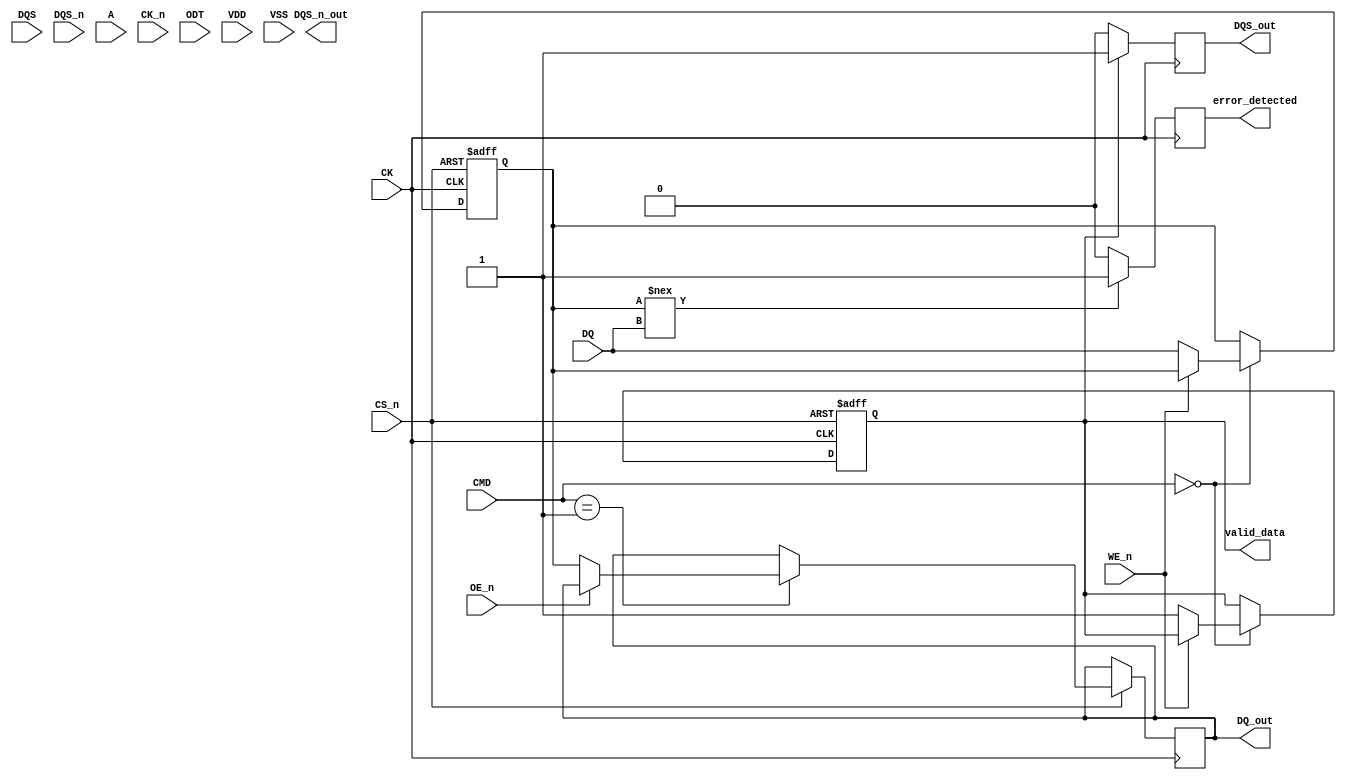
module ddr4_sdram_io (
    // Input signals
    input wire [31:0] DQ,          // Data lines
    input wire DQS,                 // Data Strobe
    input wire DQS_n,               // Data Strobe Invert
    input wire CS_n,                // Chip Select (active low)
    input wire WE_n,                // Write Enable (active low)
    input wire OE_n,                // Output Enable (active low)
    input wire [15:0] A,            // Address lines
    input wire CK,                  // Clock
    input wire CK_n,                // Clock Invert
    input wire [2:0] CMD,           // Command signals
    input wire ODT,                 // On-Die Termination
    input wire VDD,                 // Power Supply
    input wire VSS,                 // Ground
    
    // Output signals
    output reg [31:0] DQ_out,       // Data output
    output reg DQS_out,             // Data Strobe output
    output reg DQS_n_out,           // Data Strobe Invert output
    output reg valid_data,           // Data valid signal
    output reg error_detected        // Error detection signal
);

// Internal signals
reg [31:0] data_buffer;            // Buffer for data
reg data_valid;                    // Indicate if data is valid
reg [15:0] address;                // Address register
reg [2:0] command;                 // Command register
reg [1:0] dqs_edge;                // DQS edge detection

// Timing control logic (simplified)
always @(posedge CK or negedge CS_n) begin
    if (!CS_n) begin
        // Reset on chip select
        data_buffer <= 32'b0;
        valid_data <= 1'b0;
    end else begin
        // Command processing
        case (CMD)
            3'b000: begin // Example: Write Command
                if (!WE_n) begin
                    data_buffer <= DQ; // Capture data
                    valid_data <= 1'b1; // Data is valid
                end
            end
            3'b001: begin // Example: Read Command
                if (!OE_n) begin
                    DQ_out <= data_buffer; // Output data
                end
            end
            // Other commands can be added here
        endcase
    end
end

// Data strobe generation
always @(posedge CK) begin
    if (valid_data) begin
        DQS_out <= 1'b1; // Assert DQS when data is valid
    end else begin
        DQS_out <= 1'b0; // Deassert otherwise
    end
end

// Error detection (simplified)
always @(posedge CK) begin
    if (data_buffer[31:0] !== DQ) begin
        error_detected <= 1'b1; // Error detected
    end else begin
        error_detected <= 1'b0; // No error
    end
end

endmodule